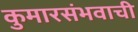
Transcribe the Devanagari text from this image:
कुमारसंभवाची